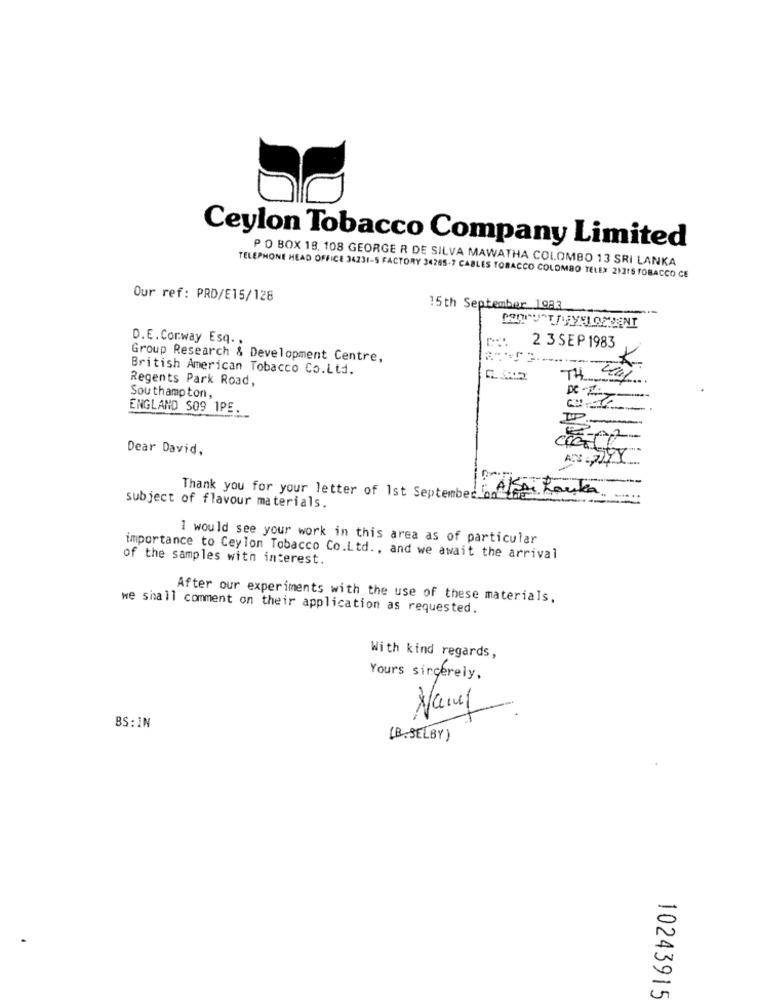
Ceylon Tobacco Company Limited
P O BOX 18, 108 GEORGE R DE SILVA MAWATHA COLOMBO 13 SRI LANKA
TELEPHONE HEAD OFFICE 34231-5 FACTORY 24265-7 CABLES TOBACCO COLOMBO TELEX 21315 TOBACCO CE
Our ref: PRD/E15/128
15th September 1983
D.E. Conway Esq. .
2 3 SEP 1983
Group Research & Development Centre,
British American Tobacco Co.Ltd.
Regents Park Road,
THE
Southampton,
ENGLAND S09 IPE.
UP
Dear David.
A/sri Lanka
Thank you for your letter of 1st September or
subject of flavour materials.
1 would see your work in this area as of particular
of the samples with interest.
importance to Ceylon Tobacco Co.Ltd ., and we await the arrival
After our experiments with the use of these materials,
we shall comment on their application as requested.
With kind regards,
Yours sincerely,
Nany
BS:IN
(B-SELBY)
10243915